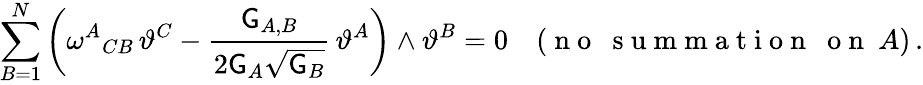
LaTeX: \sum_{B=1}^{N}\left(\omega^{A}{}_{CB}\, \vartheta^{C}-\frac{\mathsf{G}_{A,B}}{2\mathsf{G}_{A}\sqrt{\mathsf{G}_{B}}}\, \vartheta^{A}\right)\wedge\vartheta^{B}=0\quad(\mathrm{~n~o~~~s~u~m~m~a~t~i~o~n~~~o~n~}~A)\, .